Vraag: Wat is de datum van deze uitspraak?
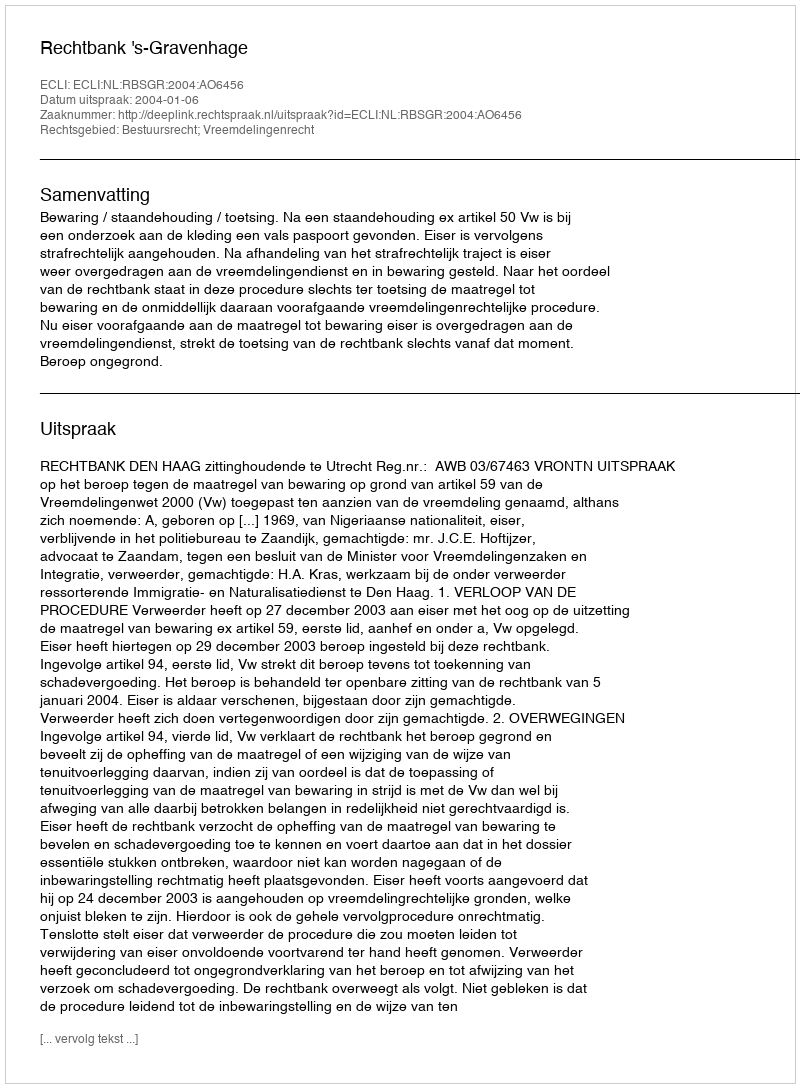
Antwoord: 2004-01-06